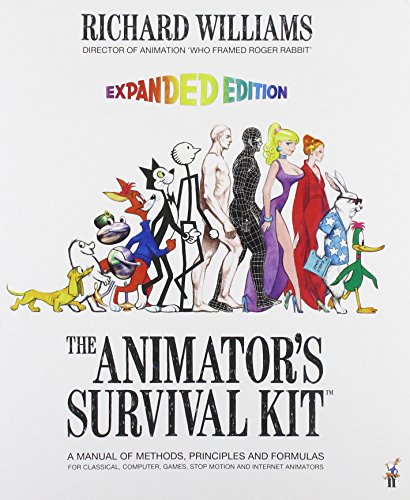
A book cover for The Animator's Survival Kit: A Manual of Methods, Principles and Formulas for Classical, Computer, Games, Stop Motion and Internet Animators; Richard Williams; Comics & Graphic Novels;